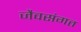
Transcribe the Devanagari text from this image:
जैवसंगत